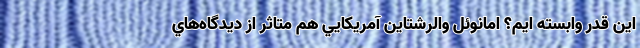
اين قدر وابسته ايم؟ امانوئل والرشتاین آمريكايي هم متاثر از دیدگاه‌هاي